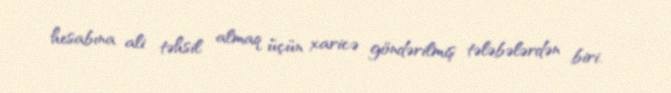
hesabına ali təhsil almaq üçün xaricə göndərilmiş tələbələrdən biri.